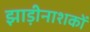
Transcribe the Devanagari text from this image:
झाड़ीनाशकों